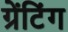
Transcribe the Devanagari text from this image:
ग्रेंटिंग